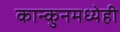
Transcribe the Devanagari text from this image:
कान्कुनमध्येही